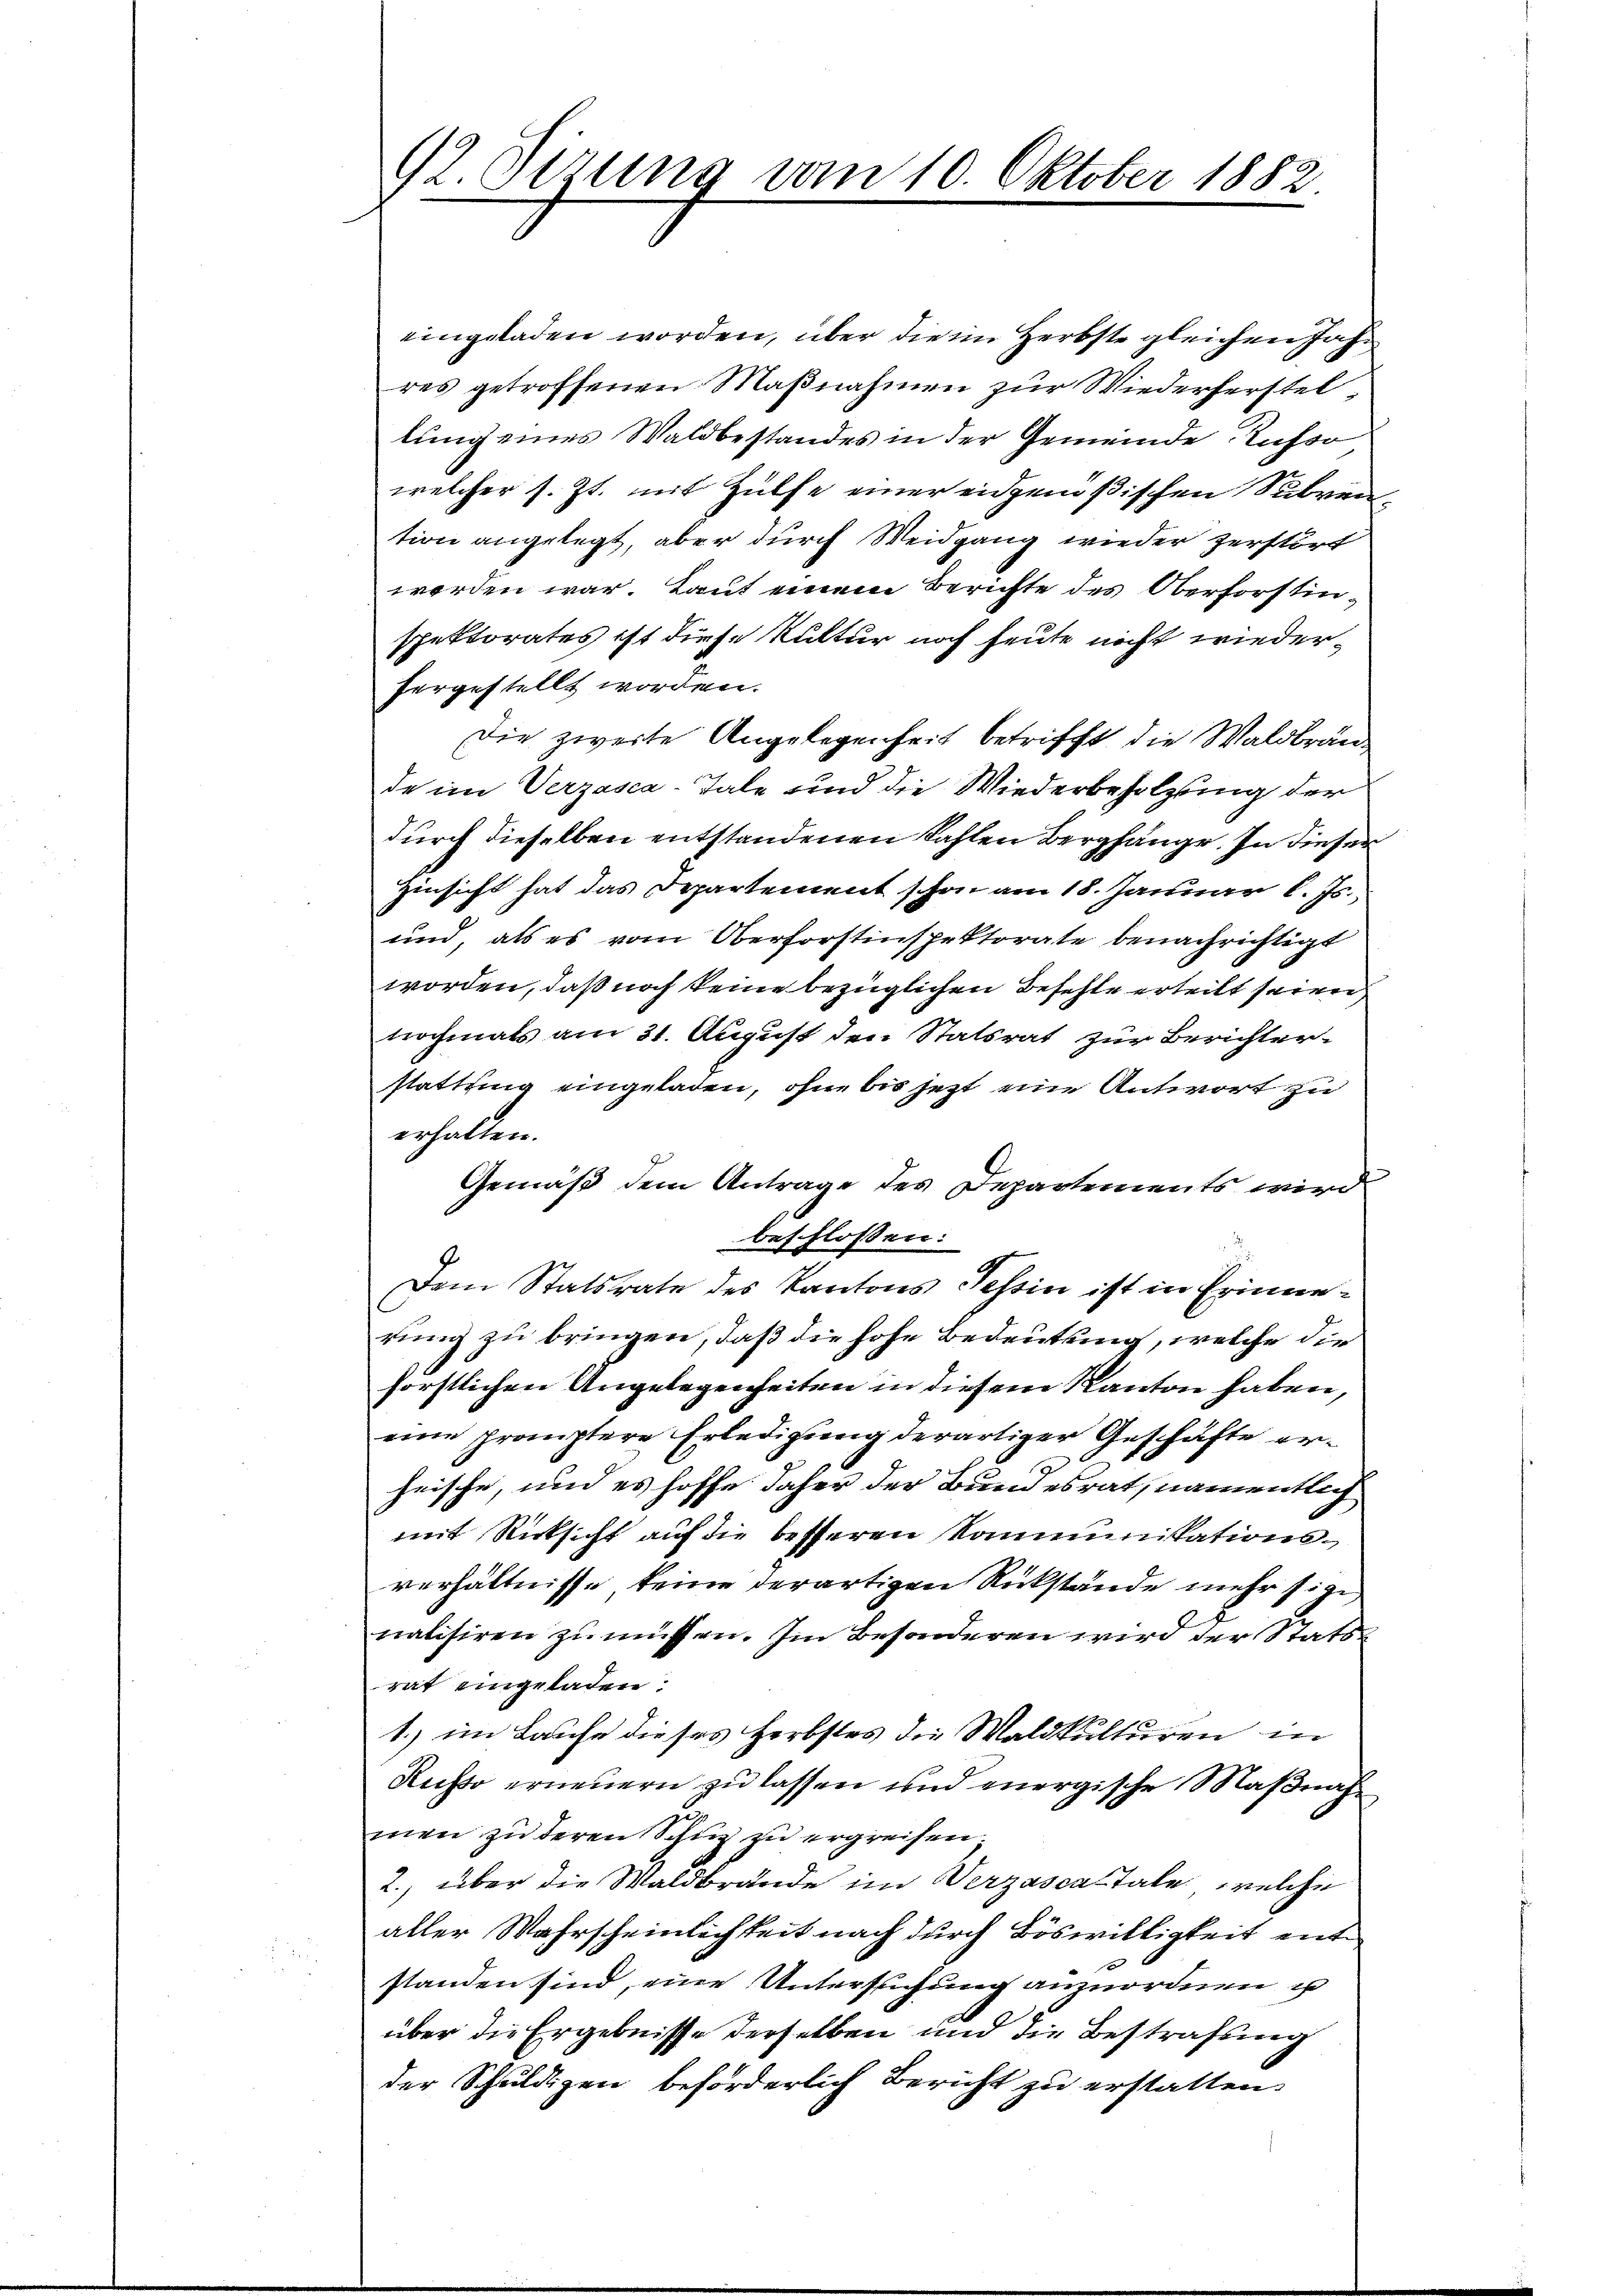
12. dirung vom 10. Oktober 1882.

eingeladen worden, über die im Herbste gleichen Jahr
res getroffenen Maßnahmen zur Wiederherstellung eines Waldbestandes in der Gemeinde Russo
welcher s. Zt. mit Hülfe einer eidgenößischen Subvention angelegt, aber durch Weidgang wieder zerstört
werden war. Laut einem Berichte des Oberforstinspektorates ist diese Kultur noch heute nicht wiederhergestellt worden.
Die zweite Angelegenheit betrifft, die Waldbrände im Verzasca-Tale und die Wiederbeholzung der
durch dieselben entstandenen Kahlen Berghänge. In dieser
Hinsicht hat das Departement schon am 18. Januar l. Js.
und als es vom Oberforstinspektorate benachrichtigt
worden, daß noch keine bezüglichen Befehle erteilt seien,
trochmals am 31. August den Statsrat zur Berichterstattung eingeladen, ohne bis jetzt eine Antwort zu
erhalten.
Gemäß dem Antrage des Departements wird
beschlossen:
Dem Statsrate des Kantons Tessin ist in Erinnerung zu bringen, daß die hohe Bedeutung, welche die
forstlichen Angelegenheiten in diesem Kanton haben,
eine promptere Erledigung derartiger Geschäfte erg
heische, und es hoffe daher der Bundesrat, namentlich
mit Rücksicht auf die besseren Komminikationsverhältnisse keine derartigen Rükstände mehr sie
nalisiren zu müssen. Im Besonderen wird der Stattrat eingeladen.
1.) im Laufe dieses Herbstes die Waldkulturen in
Ruso erneuern zu lassen und energische Maßnahmen zu deren Schuz zu ergreifen.
2., über die Waldbrände im Verzascatale, welche
aller Wahrscheinlichkeit nach durch Böswilligkeit entstanden sind, eine Untersuchung anzuordnen u
über die Ergebnisse derselben und die Bestrafung
der Schuldigen beförderlich Bericht zu erstatten.